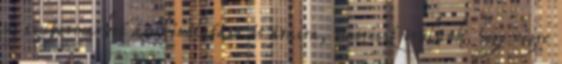
új szupermarket árukínálatára és áraira, másrészt örülünk, hogy végre